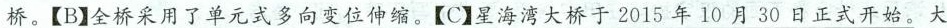
\underline{桥。}【B】\underline{全桥采用了单元式多向变位伸缩。}【C】\underline{星海湾大桥于2015年10月30日正式开始。}大